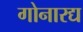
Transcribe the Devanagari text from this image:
गोनारद्य